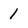
Character: 1